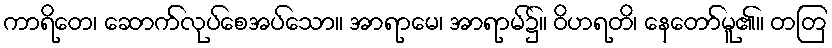
ကာရိတေ၊ ဆောက်လုပ်စေအပ်သော။ အာရာမေ၊ အာရာမ်၌။ ဝိဟရတိ၊ နေတော်မူ၏။ တတြ